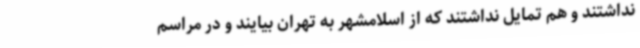
نداشتند و هم تمایل نداشتند که از اسلامشهر به تهران بیایند و در مراسم